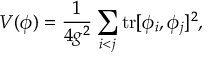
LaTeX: V ( \phi ) = \frac { 1 } { 4 g ^ { 2 } } \sum _ { i < j } \mathrm { t r } [ \phi _ { i } , \phi _ { j } ] ^ { 2 } ,